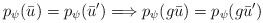
\begin{align*} p_\psi ( \bar{u} ) = p_\psi (\bar{u}^\prime ) \Longrightarrow p_\psi ( g \bar{u} ) = p_\psi ( g \bar{u}^\prime)\end{align*}